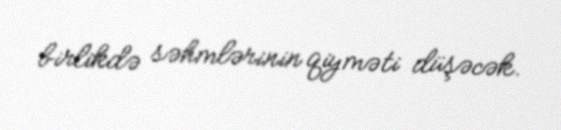
birlikdə səhmlərinin qiyməti düşəcək.